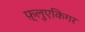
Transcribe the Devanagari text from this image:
फ़्लुएकिगर